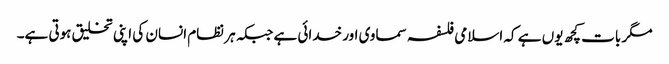
مگر بات کچھ یوں ہے کہ اسلامی فلسفہ سماوی اور خدائی ہے جبکہ ہر نظام انسان کی اپنی تخلیق ہوتی ہے۔